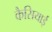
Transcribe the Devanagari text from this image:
कैसियाई